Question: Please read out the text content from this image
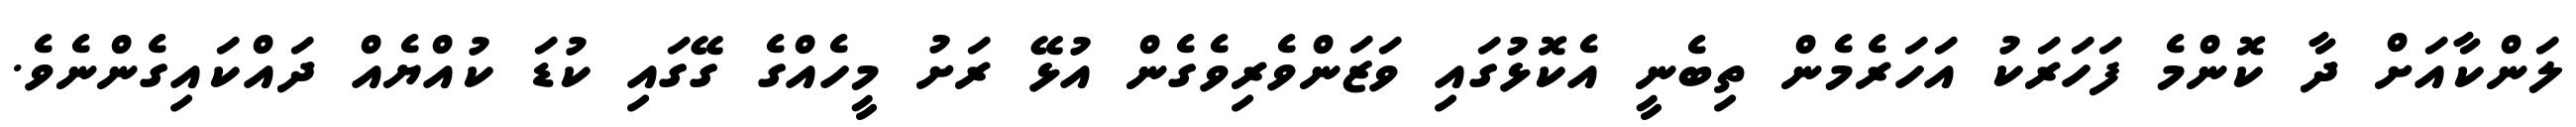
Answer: ލަންކާއަށް ދާ ކޮންމެ ފަހަރަކު އަހަރެމެން ތިބެނީ އެކޮޅުގައި ވަޒަންވެރިވެގެން އުޅޭ ރަށު މީހެއްގެ ގޭގައި ކުޑަ ކުއްޔެއް ދައްކައިގެންނެވެ.